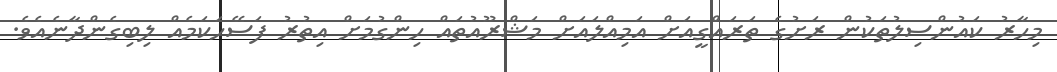
މިހާރު ކައުންސިލުތަކުން ރަށުގެ ތަރައްގީއަށް އަމިއްލައަށް މަޝްރޫއުތައް ހިންގުމަށް އިތުރު ފަސޭހަކަމެއް ލިބިގެންދާނެއެވެ.